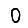
Digit: 0